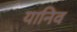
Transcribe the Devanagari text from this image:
यानिव